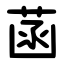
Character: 菡